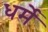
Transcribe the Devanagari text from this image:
धर्मे